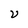
Character: V